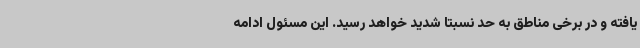
یافته و در برخی مناطق به حد نسبتا شدید خواهد رسید. این مسئول ادامه